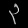
Digit: ၃